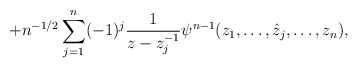
\begin{align*}+n^{-1/2}\sum^n_{j=1}(-1)^j\frac1{z-z^{-1}_j}\psi^{n-1}(z_1,\ldots,\hat{z}_j,\ldots,z_n),\end{align*}